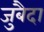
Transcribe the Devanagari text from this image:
जुबैदा